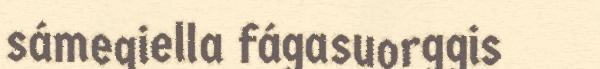
sámegiella fágasuorggis